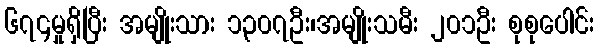
၆၇၄မှုရှိပြီး အမျိုးသား ၁၃၀၇ဦး၊အမျိုးသမီး ၂၀၁ဦး စုစုပေါင်း